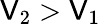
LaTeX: \mathsf{V}_{2}>\mathsf{V}_{1}